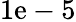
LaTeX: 1\mathrm{e}-5